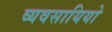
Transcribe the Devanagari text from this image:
व्यवसायियो